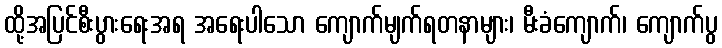
ထို့အပြင်စီးပွားရေးအရ အရေးပါသော ကျောက်မျက်ရတနာများ၊ မီးခံကျောက်၊ ကျောက်ပွ